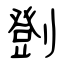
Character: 㔁